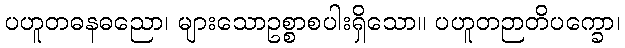
ပဟူတဓနဓညော၊ များသောဥစ္စာစပါးရှိသော။ ပဟူတဉာတိပက္ခော၊